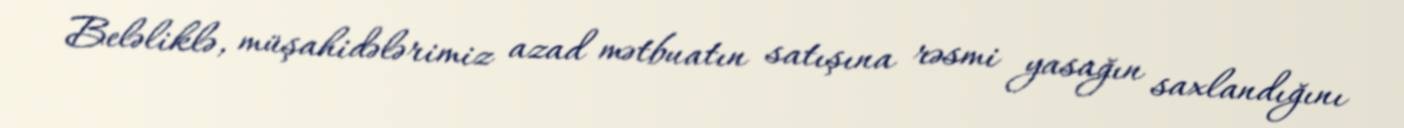
Beləliklə, müşahidələrimiz azad mətbuatın satışına rəsmi yasağın saxlandığını